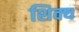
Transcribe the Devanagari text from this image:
शिक्य